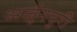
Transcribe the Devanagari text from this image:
अर्जुनपुरी